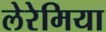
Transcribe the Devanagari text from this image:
लेरेमिया